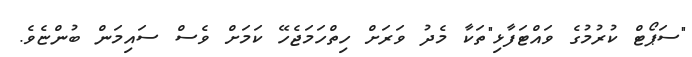
"ސަޕޯޓް ކުރުމުގެ ވައްޓަފާޅި"ތަކާ މެދު ވަރަށް ހިތްހަމަޖެހޭ ކަމަށް ވެސް ސައިމަން ބުންޏެވެ.